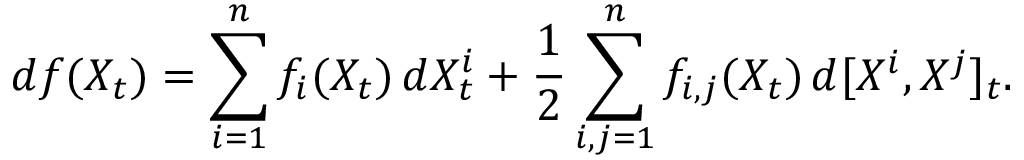
d f ( X _ { t } ) = \sum _ { i = 1 } ^ { n } f _ { i } ( X _ { t } ) \, d X _ { t } ^ { i } + { \frac { 1 } { 2 } } \sum _ { i , j = 1 } ^ { n } f _ { i , j } ( X _ { t } ) \, d [ X ^ { i } , X ^ { j } ] _ { t } .